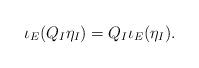
LaTeX: \begin{align*}\iota_{E}(Q_{I} \eta_{I}) = Q_{I} \iota_{E}(\eta_{I}).\end{align*}